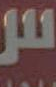
لل